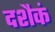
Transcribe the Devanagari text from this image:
दशैकं